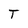
Character: T